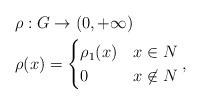
LaTeX: \begin{align*} & \rho :G \to (0,+\infty)\\&\rho(x)=\begin{cases}\rho_1(x) & x \in N \\0& x \not\in N \end{cases},\end{align*}